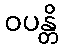
ဝပန္တိ